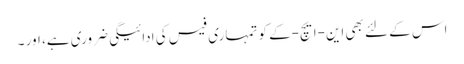
اس کے لئے بھی این-ایچ-کے کو تمہاری فیس کی ادائیگی ضروری ہے، اور ۔